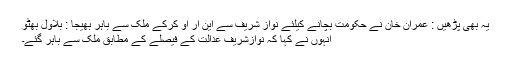
یہ بھی پڑھیں : عمران خان نے حکومت بچانے کیلئے نواز شریف سے این آر او کرکے ملک سے باہر بھیجا : بلاول بھٹو
انہوں نے کہا کہ نوازشریف عدالت کے فیصلے کے مطابق ملک سے باہر گئے۔